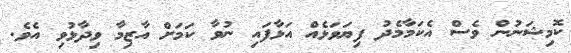
ކޮމިޝަނުން ވެސް އެކަމާމެދު ފިޔަވަޅެއް އަޅާފައި ނުވާ ކަމަށް އާޒިމާ ވިދާޅުވި އެވެ.